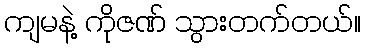
ကျမနဲ့ ကိုဇဏ် သွားတက်တယ်။